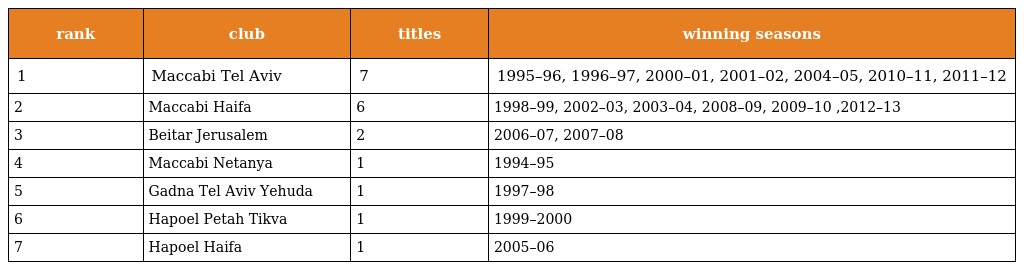
| rank | club | titles | winning seasons |
 | --- | --- | --- | --- |
 | 1 | Maccabi Tel Aviv | 7 | 1995–96, 1996–97, 2000–01, 2001–02, 2004–05, 2010–11, 2011–12 |
 | 2 | Maccabi Haifa | 6 | 1998–99, 2002–03, 2003–04, 2008–09, 2009–10 ,2012–13 |
 | 3 | Beitar Jerusalem | 2 | 2006–07, 2007–08 |
 | 4 | Maccabi Netanya | 1 | 1994–95 |
 | 5 | Gadna Tel Aviv Yehuda | 1 | 1997–98 |
 | 6 | Hapoel Petah Tikva | 1 | 1999–2000 |
 | 7 | Hapoel Haifa | 1 | 2005–06 |